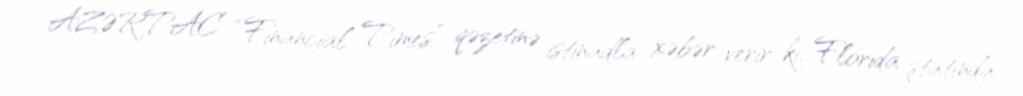
AZƏRTAC “Financial Times” qəzetinə istinadla xəbər verir ki, Florida ştatında